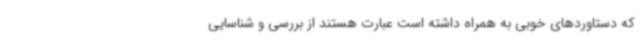
که دستاوردهای خوبی به همراه داشته است عبارت هستند از بررسی و شناسایی